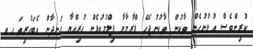
ކުރިންވެސް އުޅުނުހެން ތާކުން ތާކުނުޖެހޭ ޑްރާމާޔާ ފިލްމުކުޅެން ހުރިއްޔާ ހަނދާން އެބަހުރިތަ ހއ